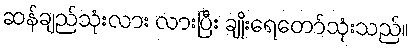
ဆန်ချည်သုံးလား လားပြီး ချိုးရေတော်သုံးသည်။